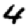
Digit: 4